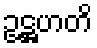
ဥဋ္ဌဟတိ